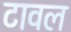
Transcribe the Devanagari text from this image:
टावल